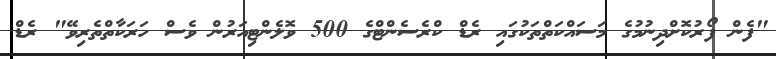
"ފެން ފޯރުކޮށްދިނުމުގެ މަސައްކަތްތަކުގައި ރެޑް ކްރެސެންޓްގެ 500 ވޮލެންޓިއަރުން ވެސް ހަރަކާތްތެރިވޭ" ރެޑް